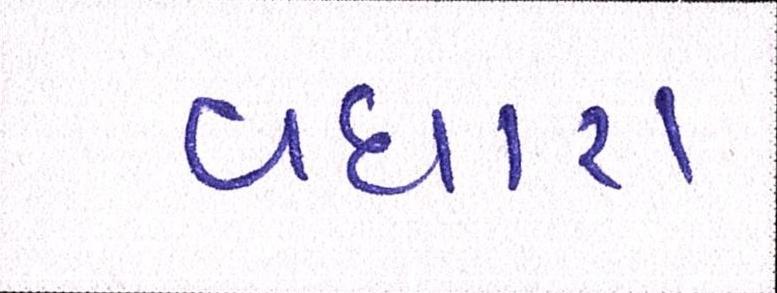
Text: વધારા